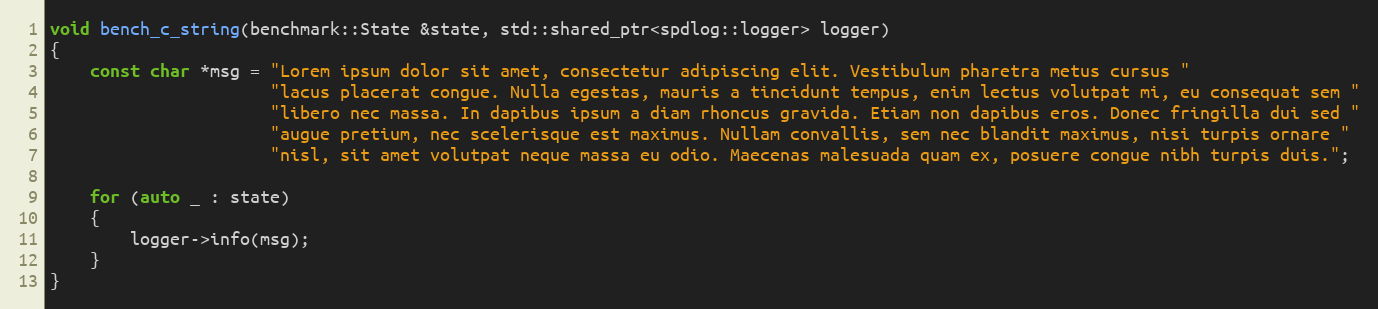
Language: C++
void bench_c_string(benchmark::State &state, std::shared_ptr<spdlog::logger> logger)
{
    const char *msg = "Lorem ipsum dolor sit amet, consectetur adipiscing elit. Vestibulum pharetra metus cursus "
                      "lacus placerat congue. Nulla egestas, mauris a tincidunt tempus, enim lectus volutpat mi, eu consequat sem "
                      "libero nec massa. In dapibus ipsum a diam rhoncus gravida. Etiam non dapibus eros. Donec fringilla dui sed "
                      "augue pretium, nec scelerisque est maximus. Nullam convallis, sem nec blandit maximus, nisi turpis ornare "
                      "nisl, sit amet volutpat neque massa eu odio. Maecenas malesuada quam ex, posuere congue nibh turpis duis.";

    for (auto _ : state)
    {
        logger->info(msg);
    }
}